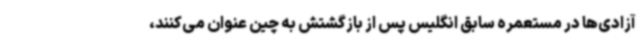
آزادی‌ها در مستعمره سابق انگلیس پس از بازگشتش به چین عنوان می‌کنند،